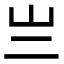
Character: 亗